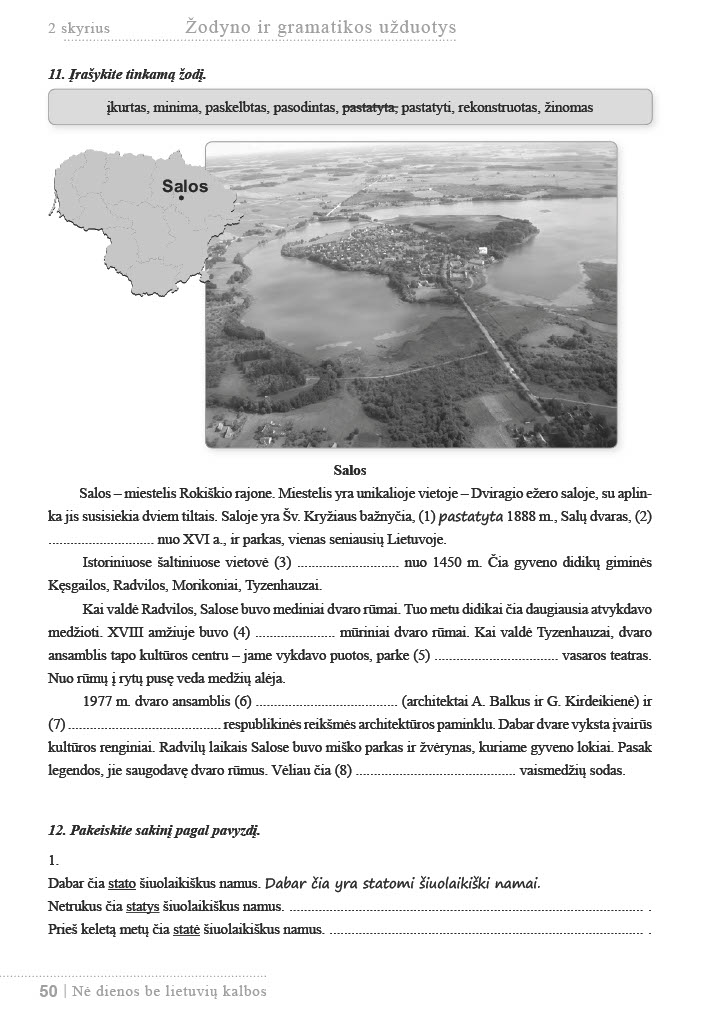
Language: lt